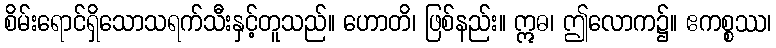
စိမ်းရောင်ရှိသောသရက်သီးနှင့်တူသည်။ ဟောတိ၊ ဖြစ်နည်း။ ဣဓ၊ ဤလောက၌။ ဧကစ္စဿ၊